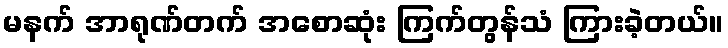
မနက် အာရုဏ်တက် အစောဆုံး ကြက်တွန်သံ ကြားခဲ့တယ်။